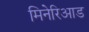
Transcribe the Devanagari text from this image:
मिनेरिआड